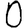
Digit: 0